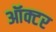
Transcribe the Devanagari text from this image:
ऑक्टर